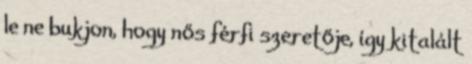
le ne bukjon, hogy nős férfi szeretője, így kitalált